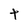
Character: t